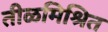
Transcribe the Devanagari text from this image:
तीळमिश्रित